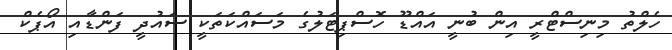
ހެލްތު މިނިސްޓްރީ އިން ބުނީ އައްޑޫ ހޮސްޕިޓަލުގެ މަސައްކަތަކީ ސައުދީ ފަންޑާއި އޯޕެކް